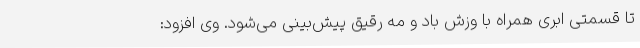
تا قسمتی ابری همراه با وزش باد و مه رقیق پیش‌بینی می‌شود. وی افزود: